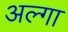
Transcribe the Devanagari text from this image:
अल्गा